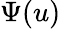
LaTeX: \Psi(u)